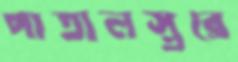
পাতালস্তরে